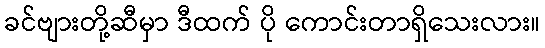
ခင်ဗျားတို့ဆီမှာ ဒီထက် ပို ကောင်းတာရှိသေးလား။